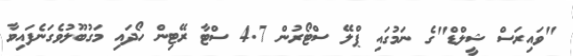
"ވައިރަސް ޝީލްޑް"ގެ ނަމުގައި ޕްލޭ ސްޓޯރުން 4.7 ސްޓާ ރޭޓިން ހޯދައި މަގުބޫލުވެގަނެފައިވާ